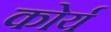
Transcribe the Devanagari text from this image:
कोर्य